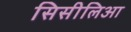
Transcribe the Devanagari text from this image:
सिसीलिआ